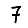
Digit: 7